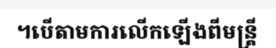
។បើតាមការលើកឡើងពីមន្ត្រី